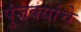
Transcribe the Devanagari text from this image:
पुंजक्यांचे